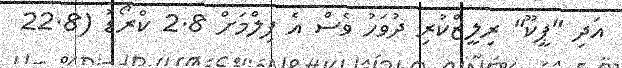
އަދި "ޕީކޫ" ރިލީޒްކުރި ދުވަހު ވެސް އެ ފިލްމަށް 2.8 ކްރޯޑު (22.8